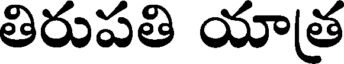
తిరుపతి యాత